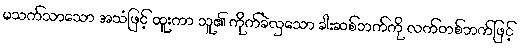
မသက်သာသော အသံဖြင့် ထူးကာ သူ၏ ကိုက်ခဲလှသော ခါးဆစ်ဘက်ကို လက်တစ်ဘက်ဖြင့်